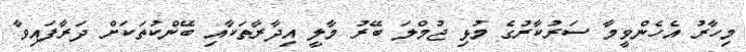
މިހާރު އެހެންވީމާ ސަރުކާރުގެ މުޅި ޖުމްލަ ބޭރު މާލީ އިދާރާތަކާއި ބޭންކުތަކަށް ދަރާފައިވާ